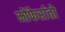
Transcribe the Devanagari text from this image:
मोंफेर्रातो